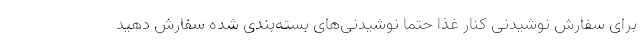
برای سفارش نوشیدنی کنار غذا حتما نوشیدنی‌های بسته‌بندی شده سفارش دهید